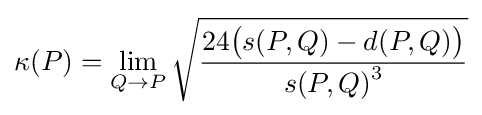
\kappa (P)=\lim _{Q\to P}{\sqrt {\frac {24{\bigl (}s(P,Q)-d(P,Q){\bigr )}}{s(P,Q){\vphantom {Q}}^{3}}}}